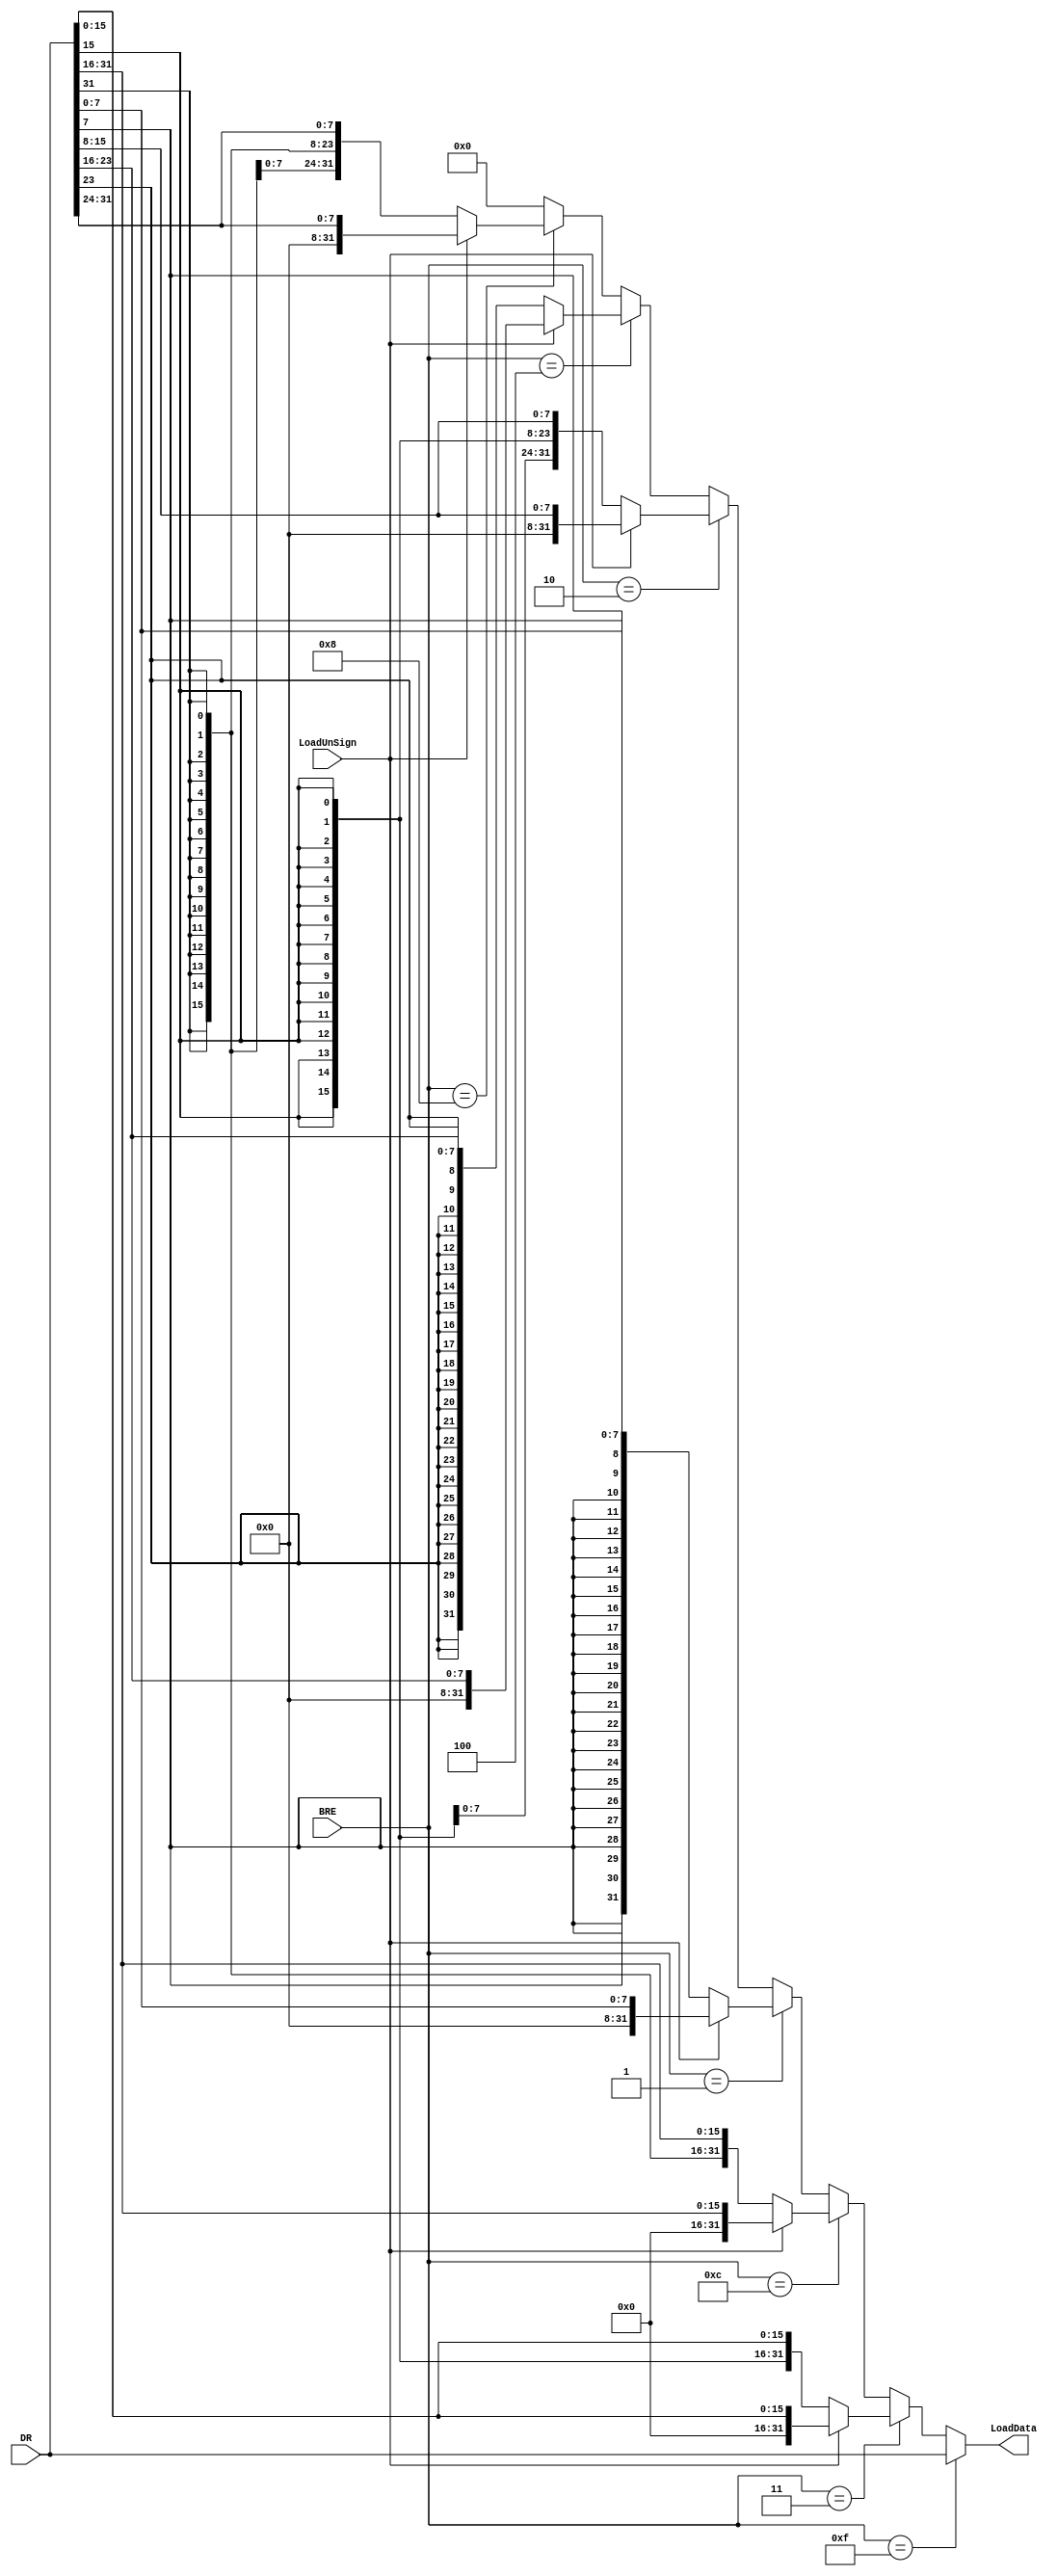
`timescale 1ns / 1ps
// for different load instructions
module Load_ext(
    input [3:0] BRE,
    input [31:0] DR,
    input LoadUnSign,
    output [31:0] LoadData
    );

    assign LoadData = 
    (BRE == 4'b1111)      ? DR :
    (BRE == 4'b0011)      ? (LoadUnSign ? {16'h0,DR[15:0]}:{{16{DR[15]}},DR[15:0]}) :
    (BRE == 4'b1100)      ? (LoadUnSign ? {16'h0,DR[31:16]}:{{16{DR[31]}},DR[31:16]}) :
    (BRE == 4'b0001)      ? (LoadUnSign ? {24'h0,DR[7:0]}:{{24{DR[7]}},DR[7:0]}) :
    (BRE == 4'b0010)      ? (LoadUnSign ? {24'h0,DR[15:8]}:{{24{DR[15]}},DR[15:8]}) :
    (BRE == 4'b0100)      ? (LoadUnSign ? {24'h0,DR[23:16]}:{{24{DR[23]}},DR[23:16]}) :
    (BRE == 4'b1000)      ? (LoadUnSign ? {24'h0,DR[31:24]}:{{24{DR[31]}},DR[31:24]}) : 0;


endmodule